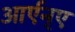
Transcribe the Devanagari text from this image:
आर्एन्ए